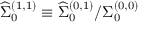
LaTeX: { \widehat \Sigma } _ { 0 } ^ { ( 1 , 1 ) } \equiv { { \widehat \Sigma } _ { 0 } ^ { ( 0 , 1 ) } } / { { \Sigma } _ { 0 } ^ { ( 0 , 0 ) } }